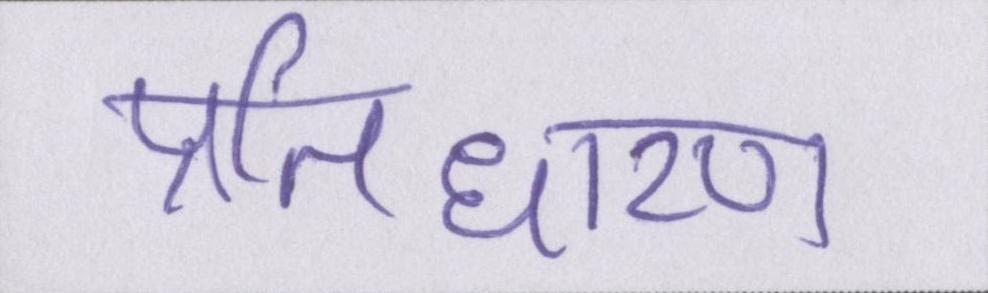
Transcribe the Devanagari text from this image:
प्रतिधारण